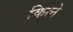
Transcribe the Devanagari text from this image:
कित्ने